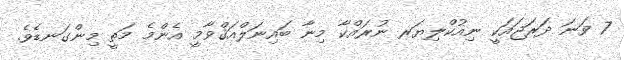
7 ވަނަ ދަރަޖައަކީ ނިއުކްލިޔަރ ނުރައްކާ މިނާ ބައިނަލްއަޤްވާމީ އެންމެ މަތީ މިންގަނޑެވެ.